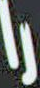
را